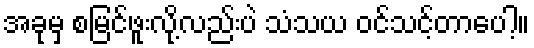
အခုမှ စမြင်ဖူးလို့လည်းပဲ သံသယ ဝင်သင့်တာပေါ့။